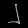
Digit: ၂